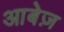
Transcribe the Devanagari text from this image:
आबेज़